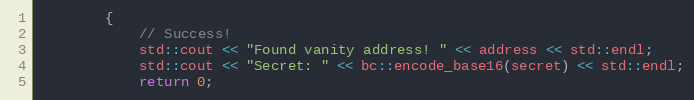
Language: C++
        {
            // Success!
            std::cout << "Found vanity address! " << address << std::endl;
            std::cout << "Secret: " << bc::encode_base16(secret) << std::endl;
            return 0;